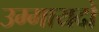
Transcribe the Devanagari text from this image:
उम्मायदों